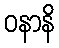
ဝနာနိ